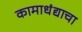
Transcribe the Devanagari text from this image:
कामाधंद्याचा